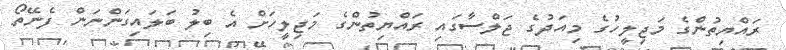
ރައްޔިތުންގެ މަޖިލީހުގެ މިއަދުގެ ޖަލްސާގައި ރައްޔިތުންގެ މަޖިލީހަށް އެ ބިލު ބަލައިގަންނަން ފެނޭތޯ